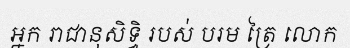
អ្នក រាជានុសិទ្ធិ របស់ បរម ត្រៃ លោក